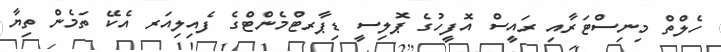
ހެލްތް މިނިސްޓަރާއި ރައީސް އޮފީހުގެ ޕޮލިސީ ޑިޕާރޓްމެންޓްގެ ފެއިލިއަރ އެކޭ ތަމެން ތިޔާ